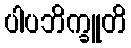
ပါပဘိက္ခူတိ